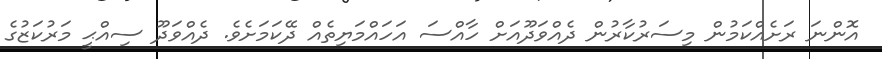
އޮންނަ ރަށެއްކަމުން މިސަރުކާރުން ދެއްވަދޫއަށް ހާއްސަ އަހައްމަޔިތެއް ދޭކަމަށެވެ. ދެއްވަދޫ ސިއްޙީ މަރުކަޒުގެ